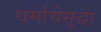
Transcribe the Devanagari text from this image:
धर्माचेसुद्धा